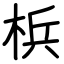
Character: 梹